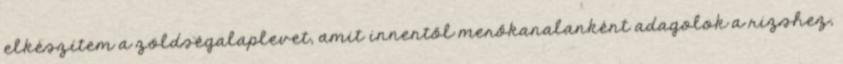
elkészítem a zöldségalaplevet, amit innentől merőkanalanként adagolok a rizshez,